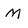
Character: M